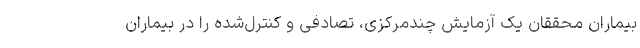
بیماران محققان یک آزمایش چندمرکزی، تصادفی و کنترل‌شده را در بیماران